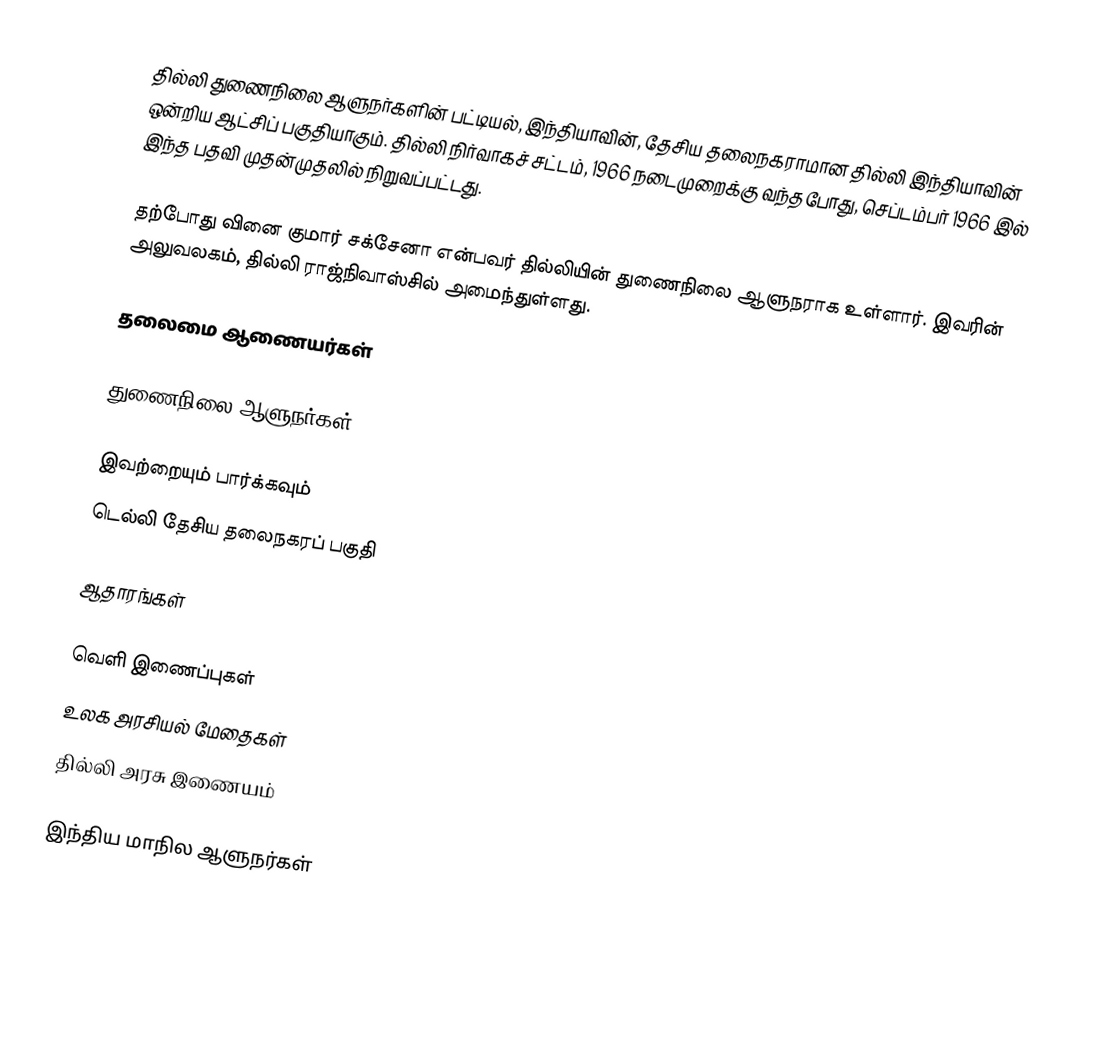
தில்லி துணைநிலை ஆளுநர்களின் பட்டியல், இந்தியாவின், தேசிய தலைநகராமான தில்லி இந்தியாவின் ஒன்றிய ஆட்சிப் பகுதியாகும். தில்லி நிர்வாகச் சட்டம், 1966 நடைமுறைக்கு வந்தபோது, செப்டம்பர் 1966 இல் இந்த பதவி முதன்முதலில் நிறுவப்பட்டது.

தற்போது வினை குமார் சக்சேனா என்பவர் தில்லியின் துணைநிலை ஆளுநராக உள்ளார். இவரின் அலுவலகம், தில்லி ராஜ்நிவாஸ்சில் அமைந்துள்ளது.

தலைமை ஆணையர்கள்

துணைநிலை ஆளுநர்கள்

இவற்றையும் பார்க்கவும்
 டெல்லி தேசிய தலைநகரப் பகுதி

ஆதாரங்கள்

வெளி இணைப்புகள்
 உலக அரசியல் மேதைகள்
 தில்லி அரசு இணையம்

இந்திய மாநில ஆளுநர்கள்